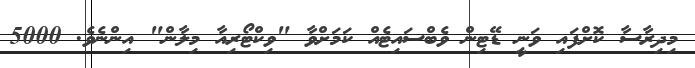
މިދިރާސާ ކޮށްފައި ވަނީ ޑޭޓިން ވެބްސައިޓެއް ކަމަށްވާ "ވިކްޓޯރިއާ މިލާން" އިންނެވެ. 5000